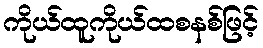
ကိုယ်ထူကိုယ်ထစနစ်ဖြင့်